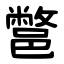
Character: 鄨